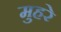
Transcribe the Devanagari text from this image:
मुहरे